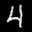
Label: 4